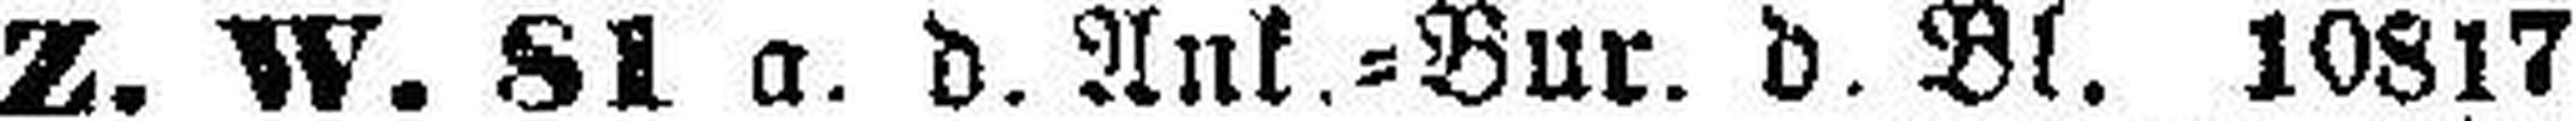
Z. W. 81 a. d. Ank.=Bur. d. Bl. 10817